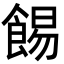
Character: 𩛿